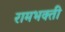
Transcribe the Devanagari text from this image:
रामभक्ती